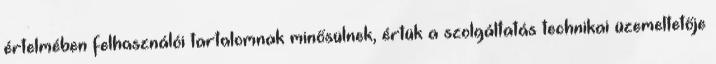
értelmében felhasználói tartalomnak minősülnek, értük a szolgáltatás technikai üzemeltetője